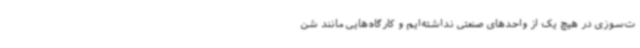
ت‌سوزی در هیچ یک از واحدهای صنعتی نداشته‌ایم و کارگاه‌هایی مانند شن